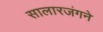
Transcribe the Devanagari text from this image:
सालारजंगने